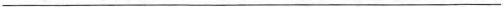
___